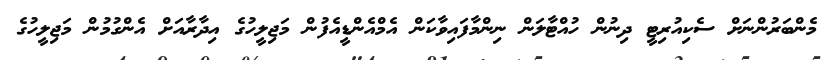
މެންބަރުންނަށް ސެކިއުރިޓީ ދިނުން ހުއްޓާލަން ނިންމާފައިވާކަން އެމްއެންޑީއެފުން މަޖިލީހުގެ އިދާރާއަށް އެންގުމުން މަޖިލީހުގެ